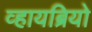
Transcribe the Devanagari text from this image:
व्हायब्रियो